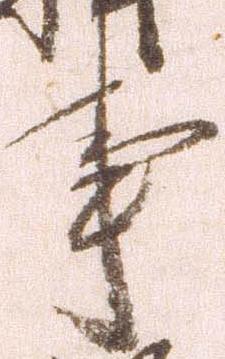
事